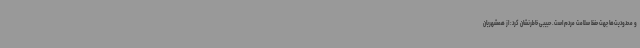
و محدودیت‌ها جهت حفظ سلامت مردم است. حبیبی خاطرنشان کرد: از همشهریان